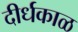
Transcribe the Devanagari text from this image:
दीर्धकाळ